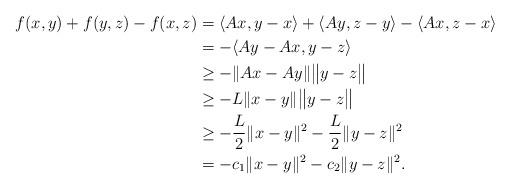
LaTeX: \begin{align*}f(x,y)+f(y,z)-f(x,z)&=\langle Ax,y-x\rangle+\langle Ay,z-y\rangle-\langle Ax,z-x\rangle\\&=-\langle Ay-Ax,y-z\rangle\\&\geq -\|Ax-Ay\|\big\|y-z\big\|\\&\geq -L\|x-y\|\big\|y-z\big\|\\&\geq -\dfrac{L}{2}\|x-y\|^2-\dfrac{L}{2}\|y-z\|^2\\&=-c_1\|x-y\|^2-c_2\|y-z\|^2.\end{align*}